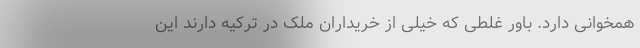
همخوانی دارد. باور غلطی که خیلی از خریداران ملک در ترکیه دارند این